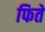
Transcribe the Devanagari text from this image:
फिते